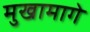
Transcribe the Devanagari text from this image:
मुखामागे